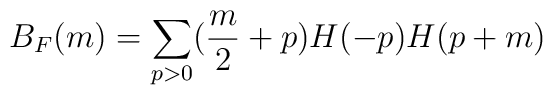
B_F(m) = \sum_{p>0} (\frac{m}{2} + p)H(-p)H(p+m)